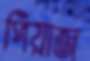
পিঁয়াজ